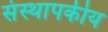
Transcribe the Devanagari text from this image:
संस्थापकीय